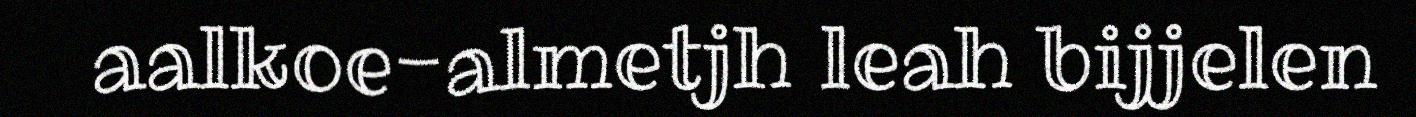
aalkoe-almetjh leah bijjelen